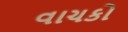
વાચકો